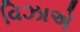
વિઝાએ